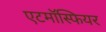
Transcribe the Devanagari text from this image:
एटमॉस्फियर